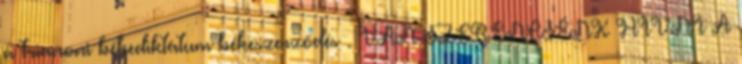
a trianoni békediktátum békeszerződés . VAN SZERENCSÉNK HÍVNI A